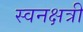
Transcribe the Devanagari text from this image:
स्वनक्षत्री